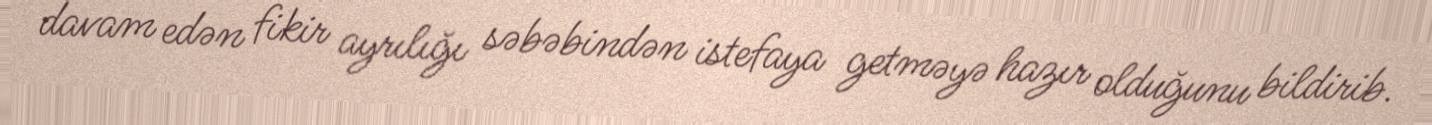
davam edən fikir ayrılığı səbəbindən istefaya getməyə hazır olduğunu bildirib.